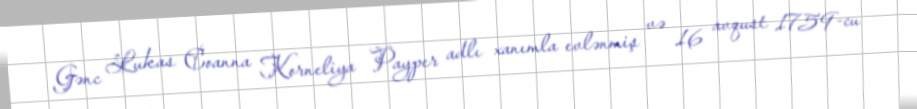
Gənc Lukas Coanna Korneliya Payper adlı xanımla evlənmiş və 16 avqust 1759-cu